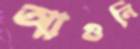
আগুনি